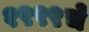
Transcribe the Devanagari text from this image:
१९९९चे